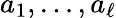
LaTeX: a_{1},\dots,a_{\ell}